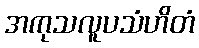
အကုသလူပသံဟိတံ